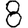
Digit: 8